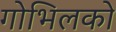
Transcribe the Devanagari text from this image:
गोभिलको